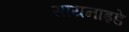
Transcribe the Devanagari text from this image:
सायनाइडे